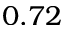
0 . 7 2